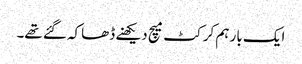
ایک بار ہم کرکٹ میچ دیکھنے ڈھاکہ گئے تھے۔